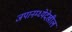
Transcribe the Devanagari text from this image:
जपानम्ध्येदेखील